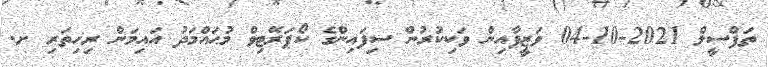
ތަފްސީލް 2021-10-04 ވަޒީފާއިން ވަކިކުރުން ސިފައިންގެ ކޯޕަރޭޓިވް މުޙައްމަދު އައިމަން ރިހިތަރި ށ.